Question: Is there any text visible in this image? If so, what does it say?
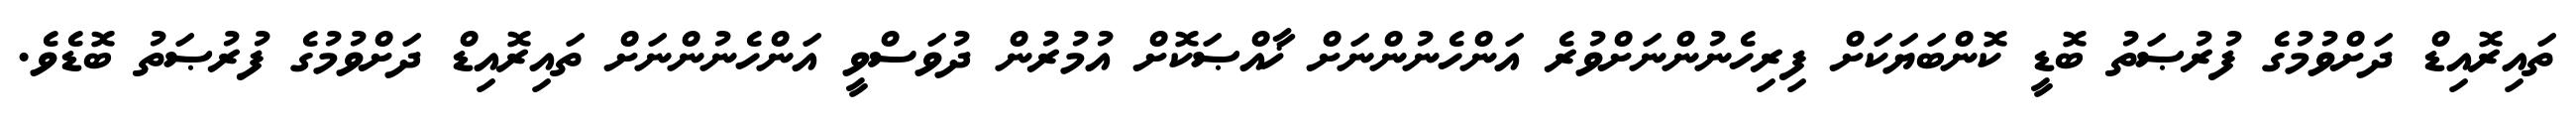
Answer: ތައިރޮއިޑް ދަށްވުމުގެ ފުރުޞަތު ބޮޑީ ކޮންބަޔަކަށް ފިރިހެނުންނަށްވުރެ އަންހެނުންނަށް ޚާއްޞަކޮށް އުމުރުން ދުވަސްވީ އަންހެނުންނަށް ތައިރޮއިޑް ދަށްވުމުގެ ފުރުޞަތު ބޮޑެވެ.